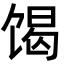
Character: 𮩝